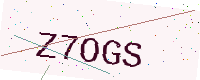
Text: Z7OGS